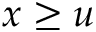
x \ge u